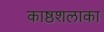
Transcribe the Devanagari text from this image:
काष्ठशलाका